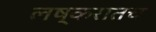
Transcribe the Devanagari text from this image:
लष्करातच